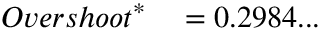
\begin{array} { r l } { O v e r s h o o t ^ { * } } & { { } = 0 . 2 9 8 4 . . . } \end{array}